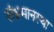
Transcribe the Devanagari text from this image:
संभ्रमानस्था